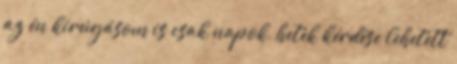
az én kirú­gásom is csak napok, hetek kérdése lehetett